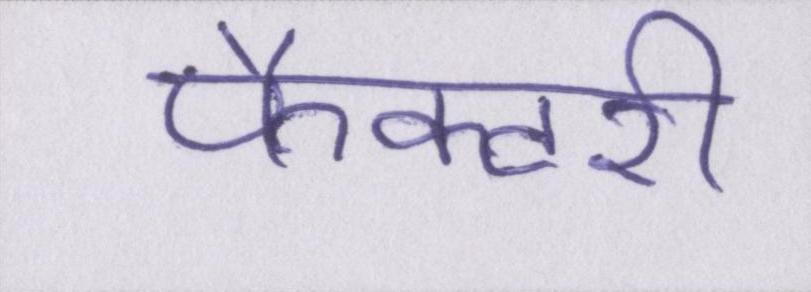
फैक्टरी